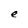
Character: e